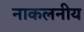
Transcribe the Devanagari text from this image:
नाकलनीय